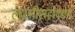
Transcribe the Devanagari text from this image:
लक्ष्मीसहोदराय